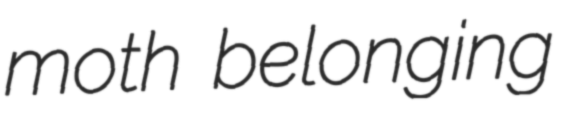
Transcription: moth belonging